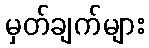
မှတ်ချက်များ